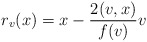
\begin{align*}r_v(x)=x-\frac{2(v,x)}{f(v)}v\end{align*}